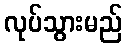
လုပ်သွားမည်